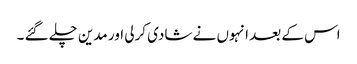
اس کے بعد انہوں نے شادی کرلی اور مدین چلے گئے ۔